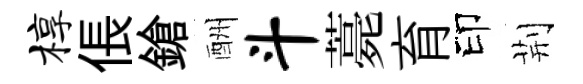
椁倀鎗酬斗薧育印荆